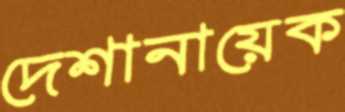
দেশানায়েক